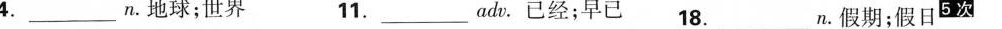
4.________n。地球；世界 11.________ady。已经；早已 18.________n。假期；假日^{5次}